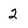
Character: 2